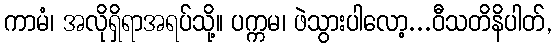
ကာမံ၊ အလိုရှိရာအရပ်သို့။ ပက္ကမ၊ ဖဲသွားပါလော့...ဝီသတိနိပါတ်,